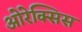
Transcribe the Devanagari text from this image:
ओरेक्सिस